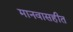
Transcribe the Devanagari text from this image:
मानवासहीत